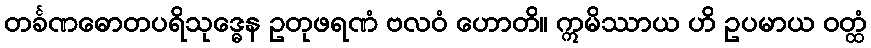
တင်္ခဏဓောတပရိသုဒ္ဓေန ဥတုဖရဏံ ဗလဝံ ဟောတိ။ ဣမိဿာယ ဟိ ဥပမာယ ဝတ္ထံ